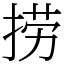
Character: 捞